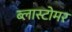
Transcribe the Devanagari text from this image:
ब्लास्टोमर